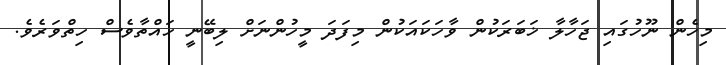
މިހެން ނޫހުގައި ޖަހާލާ ޚަބަރަކުން ވާހަކައަކުން މިފަދަ މީހުންނަށް ލިބޭނީ ހައްތާވެސް ހިތްވަރެވެ.